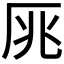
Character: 𠩓